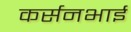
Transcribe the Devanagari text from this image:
कर्सनभाई